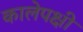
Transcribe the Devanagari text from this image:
कालेपक्षी